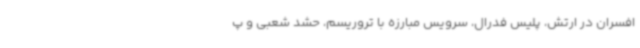
افسران در ارتش، پلیس فدرال، سرویس مبارزه با تروریسم، حشد شعبی و پ